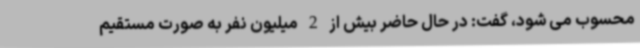
محسوب می شود، گفت: در حال حاضر بیش از 2 میلیون نفر به صورت مستقیم